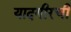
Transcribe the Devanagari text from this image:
यादगीरची